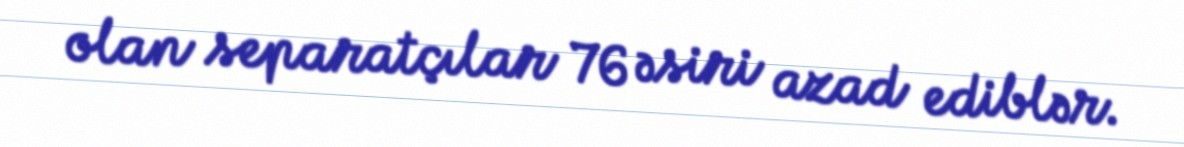
olan separatçılar 76 əsiri azad ediblər.